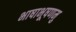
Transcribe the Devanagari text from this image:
भाषाभूषणमु